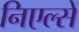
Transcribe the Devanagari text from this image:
निएल्सें